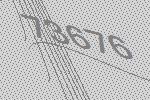
73676